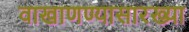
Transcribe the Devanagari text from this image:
वाखाणण्यासारख्या